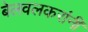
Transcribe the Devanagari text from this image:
बेलवलकरांनी